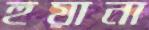
হুয়ানা